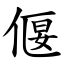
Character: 偃